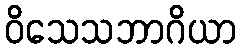
ဝိသေသဘာဂိယာ